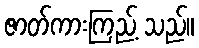
ဇာတ်ကားကြည့် သည်။